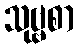
သုဗ္ဗစာ